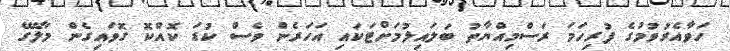
ހަވާއެރުވުމުގެ ފުރިހަމަ ރަސްމިއްޔާތު ބަލައިލުމަށްޓަކައި އަހަރެން ވެސް ކުޑަ ކޮއްކޮ ގޮވައިގެން މާލޭގެ